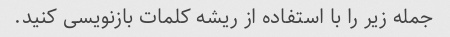
جمله زیر را با استفاده از ریشه کلمات بازنویسی کنید.